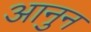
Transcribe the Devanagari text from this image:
आनुन